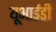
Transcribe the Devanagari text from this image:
यूआईडी